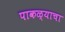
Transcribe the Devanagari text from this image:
पाकळ्याचा